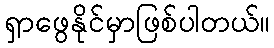
ရှာဖွေနိုင်မှာဖြစ်ပါတယ်။